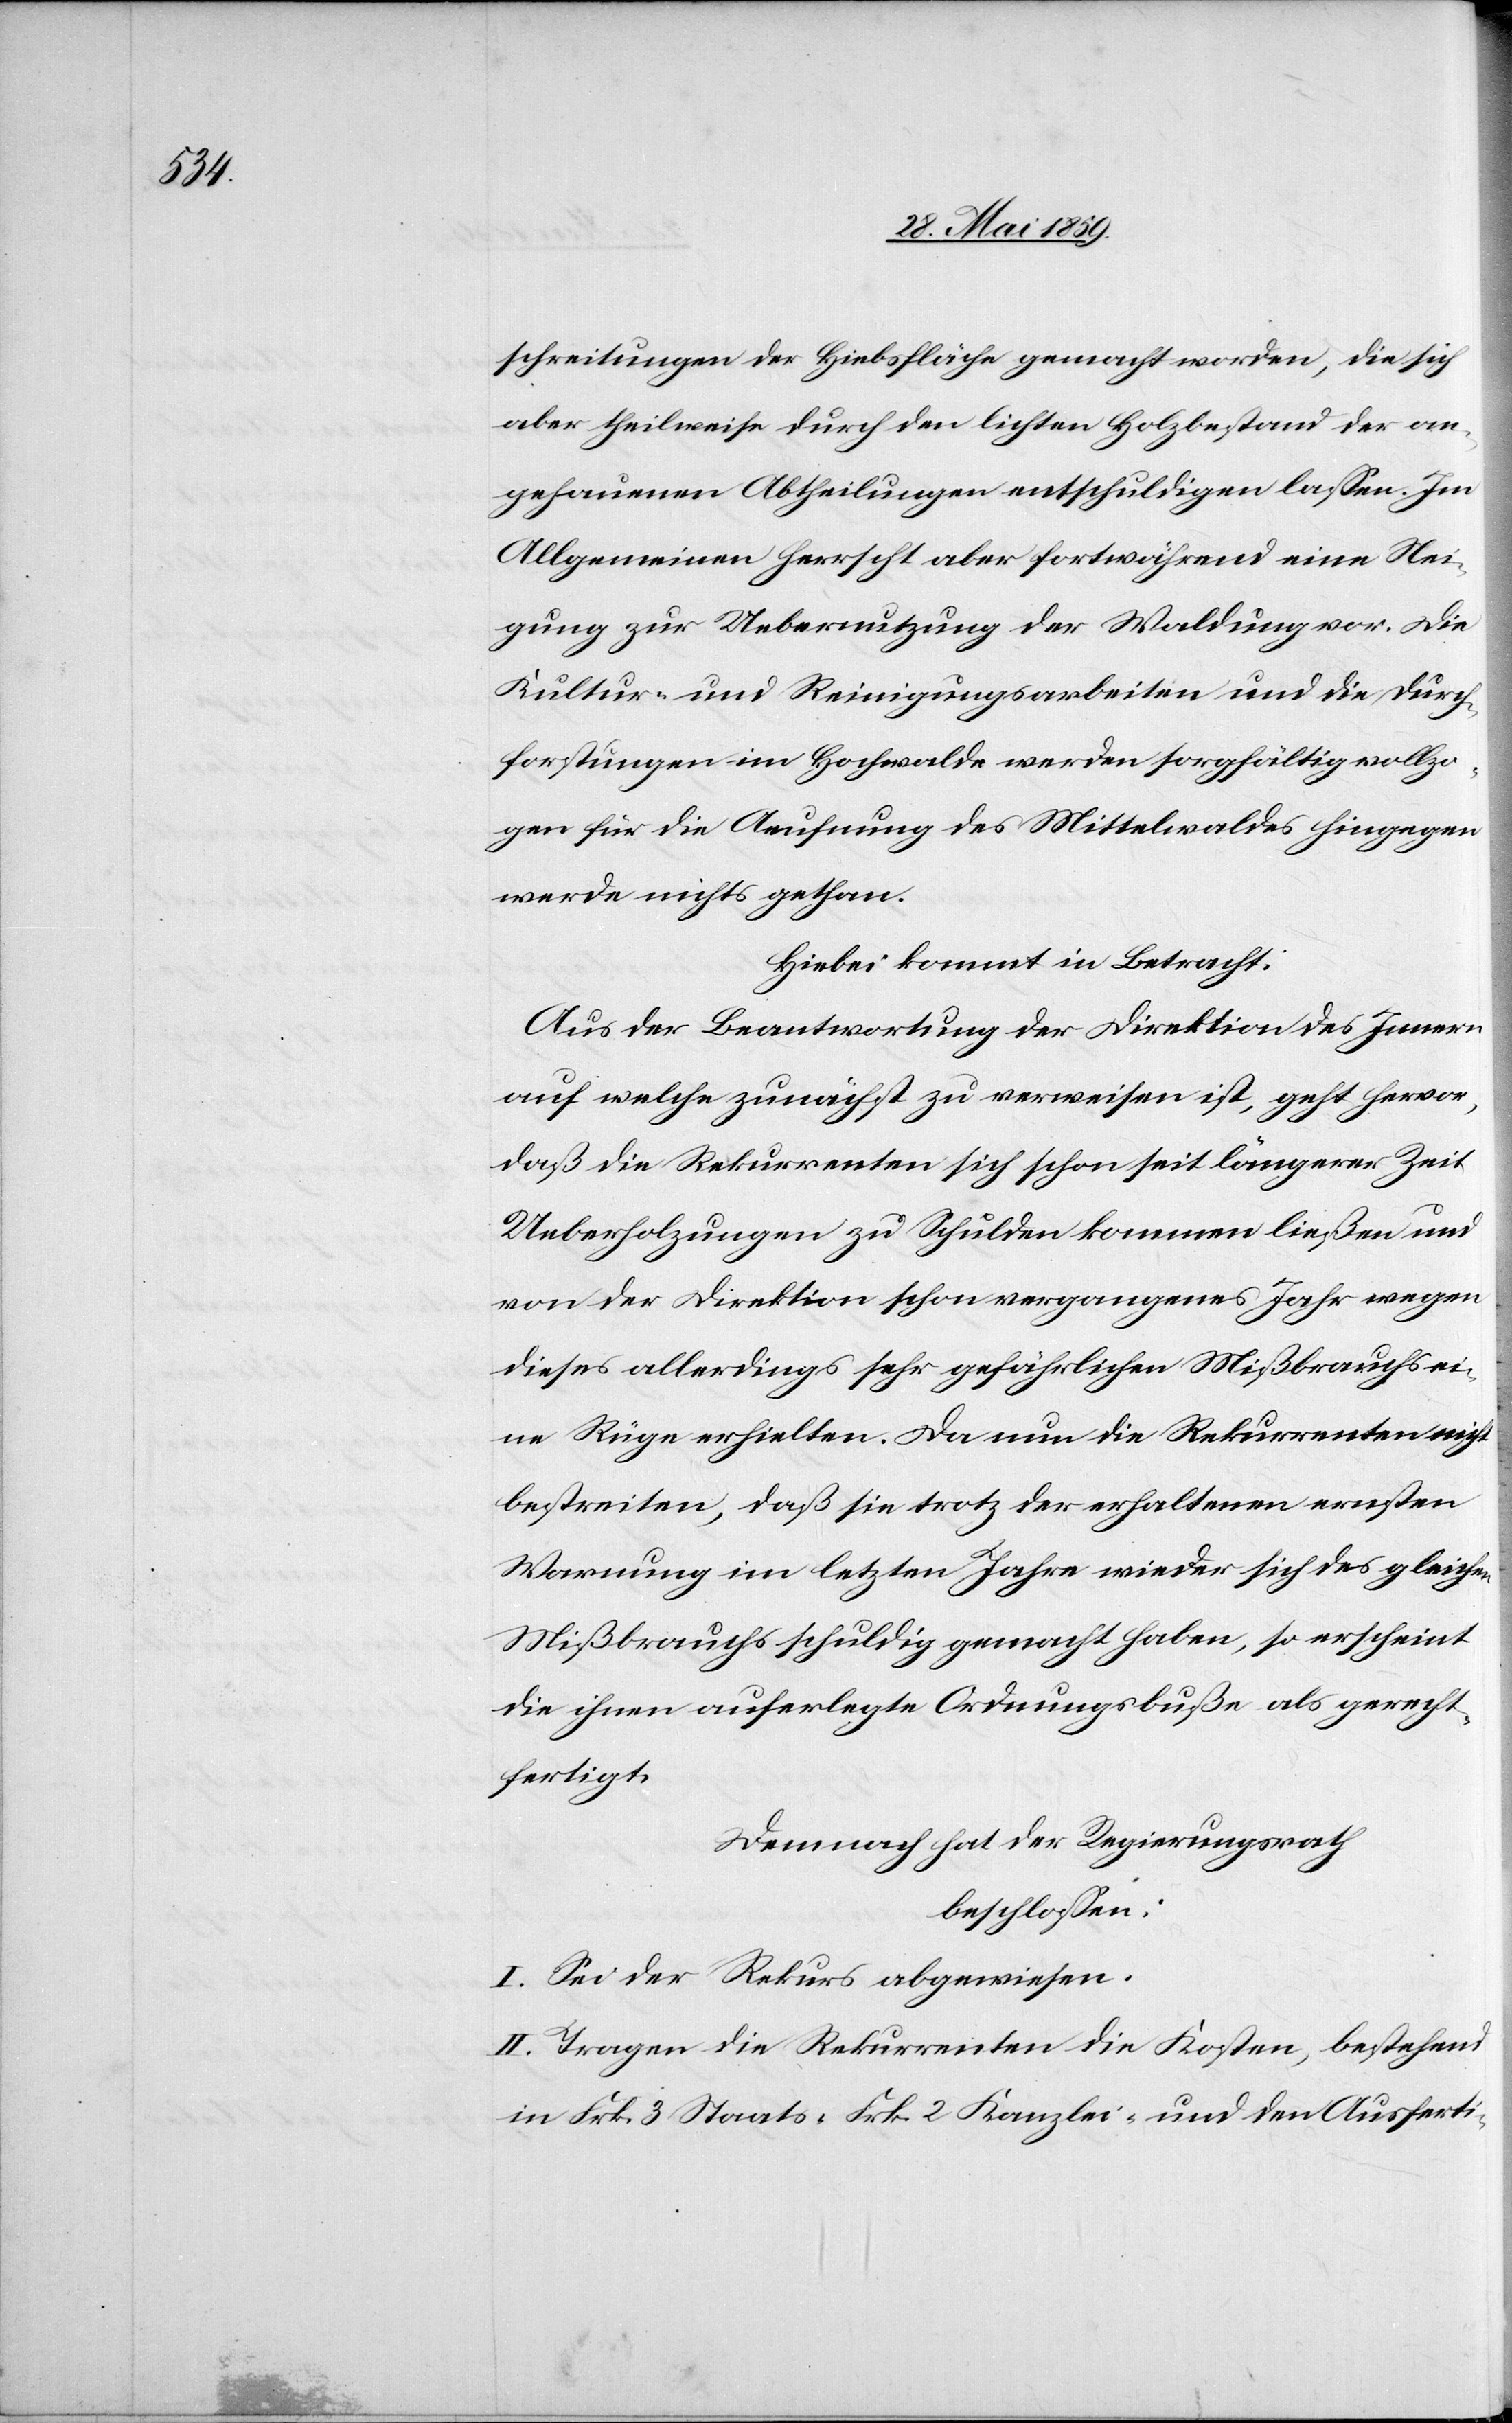
schreitungen der Hiebsfläche gemacht worden, die sich
aber theilweise durch den lichten Holzbestand der an¬
gehauenen Abtheilungen entschuldigen lassen. Im
Allgemeinen herrscht aber fortwährend eine Nei¬
gung zur Uebernutzung der Waldung vor. Die
Kultur- und Reinigungsarbeiten und die Durch¬
forstungen im Hochwalde werden sorgfältig vollzo¬
gen für die Anrufung des Mittelwaldes hingegen
werde nichts gethan.
Hiebei kommt in Betracht:
Aus der Beantwortung der Direktion des Innern
auf welche zunächst zu verweisen ist, geht hervor,
daß die Rekurrenten sich schon seit längerer Zeit
Ueberholzungen zu Schulden kommen ließen und
von der Direktion schon vergangenes Jahr wegen
dieses allerdings sehr gefährlichen Mißbrauchs ei¬
ne Rüge erhielten. Da nun die Rekurrenten nicht
bestreiten, daß sie trotz der erhaltenen ersten
Warnung im letzten Jahre wieder sich des gleichen
Mißbrauchs schuldig gemacht haben, so erscheint
die ihnen auferlegte Ordnungsbuße als gerecht¬
fertigt.
Demnach hat der Regierungsrath
beschlossen:
I. Sei der Rekurs abgewiesen.
II. Tragen die Rekurrenten die Kosten, bestehend
in Frk. 3 Staats-[,] Frk. 2 Kanzlei- und den Ausferti-